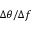
\Delta \theta / \Delta f